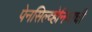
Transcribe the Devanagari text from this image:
पेनसिल्व्हेनियाची